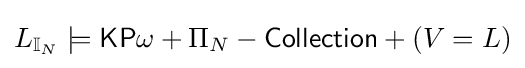
L_{\mathbb {I} _{N}}\models {\mathsf {KP}}\omega +\Pi _{N}-{\mathsf {Collection}}+(V=L)